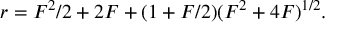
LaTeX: r = F ^ { 2 } / 2 + 2 F + ( 1 + F / 2 ) ( F ^ { 2 } + 4 F ) ^ { 1 / 2 } .